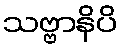
သဗ္ဗာနိပိ